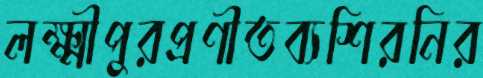
লক্ষ্মীপুরপ্রণীতব্যশিরনির